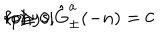
LaTeX: \langle \mathrm { p h y s } | \hat { \mathrm { G } } _ { \pm } ^ { a } ( - n ) = 0 \hspace { 1 c m } \mathrm { f o r } \hspace { 1 c m } n \geq 0 ,